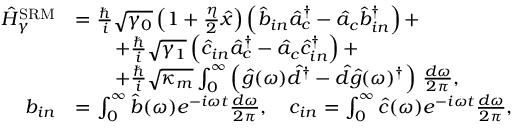
\begin{array} { r l } { \hat { H } _ { \gamma } ^ { \mathrm { S R M } } } & { = \frac { \hslash } { i } \sqrt { \gamma _ { 0 } } \left( 1 + \frac { \eta } { 2 } \hat { x } \right) \left( \hat { b } _ { i n } \hat { a } _ { c } ^ { \dagger } - \hat { a } _ { c } \hat { b } _ { i n } ^ { \dag } \right) + } \\ & { \qquad + \frac { \hslash } { i } \sqrt { \gamma _ { 1 } } \left( \hat { c } _ { i n } \hat { a } _ { c } ^ { \dagger } - \hat { a } _ { c } \hat { c } _ { i n } ^ { \dag } \right) + } \\ & { \qquad + \frac { \hslash } { i } \sqrt { \kappa _ { m } } \int _ { 0 } ^ { \infty } \left( \hat { g } ( \omega ) \hat { d } ^ { \dagger } - \hat { d } \hat { g } ( \omega ) ^ { \dag } \right) \, \frac { d \omega } { 2 \pi } , } \\ { b _ { i n } } & { = \int _ { 0 } ^ { \infty } \hat { b } ( \omega ) e ^ { - i \omega t } \frac { d \omega } { 2 \pi } , \quad c _ { i n } = \int _ { 0 } ^ { \infty } \hat { c } ( \omega ) e ^ { - i \omega t } \frac { d \omega } { 2 \pi } , } \end{array}